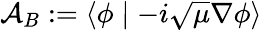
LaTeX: \mathcal{A}_{B}:=\left\langle\phi\mid-i\sqrt{\mu}\nabla\phi\right\rangle